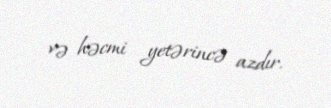
və həcmi yetərincə azdır.